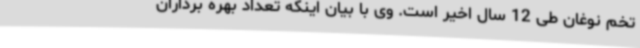
تخم نوغان طی 12 سال اخیر است. وی با بیان اینکه تعداد بهره برداران